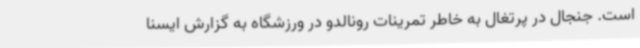
است. جنجال در پرتغال به خاطر تمرینات رونالدو در ورزشگاه به گزارش ایسنا